Medical and sanitary report of the native army of Madras for the year
Year: 1878
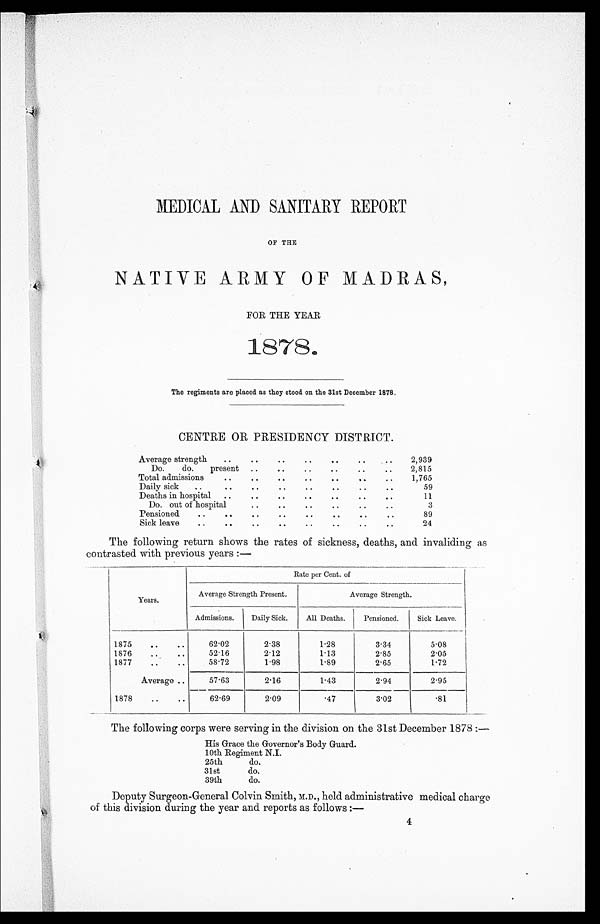
MEDICAL AND SANITARY REPORT
OF THE
NATIVE
ARMY
OF
MADRAS,
FOR THE YEAR
1878.
The regiments are placed as they stood on the 31st December 1878
.
CENTRE OR PRESIDENCY DISTRICT.
Average strength
. .
..
..
..
..
..
..
2,939
Do.
do.
present ..
..
.. ..
.. ..
2,815
Total admissions
..
..
..
..
..
..
..
1,765
Daily sick
..
..
..
..
..
..
..
..
59
Deaths in hospital
..
..
..
..
..
..
..
1 1
Do. out of hospital
..
..
..
..
..
..
3
Pensioned
..
..
..
..
..
..
..
..
89
Sick leave
..
..
..
..
..
..
..
..
24
The following return shows the rates of sickness, deaths, and invaliding
as
contrasted with previous years:—
Years.
Rate per Cent. of
Average Strength Present.
Average Strength.
Admissions.
Daily Sick.
All Deaths.
Pensioned.
Sick Leave.
1875
..
..
62.02
2.38
1.28
3.34
5.08
1876
...
..
52.16
2.12
1.13
2.85
2.05
1877
..
..
58.72
1.98
1.89
2.65
1.72
Average . ..
57.63
2.16
1.43
2.94
2.95
1878
..
..
62.69
2.09
.47
3.02
.81
The following corps were serving in the division on the 31st December 1878 :—
His Grace the Governor's Body Guard.
10th Regiment N.I.
25th
do.
31st
do.
39th
do.
Deputy Surgeon-General Colvin Smith, M.D., held administrative medical charge
of this division during the year and reports as follows :—
4